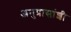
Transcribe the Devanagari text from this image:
अनुप्रासांशी